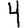
Digit: 4